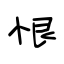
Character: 恨